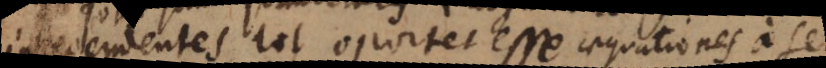
ndentes, tot oportet esse aequationes a se